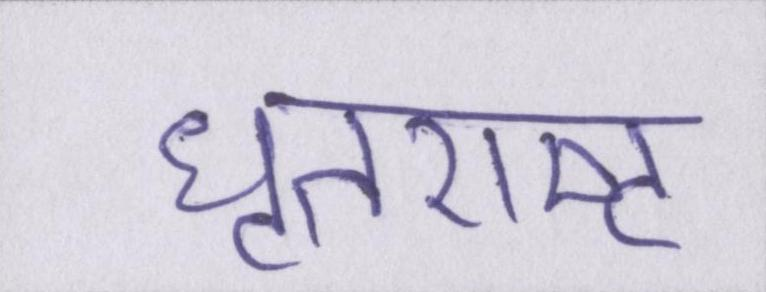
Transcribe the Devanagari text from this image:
धृतराष्ट